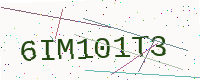
Text: 6IM101T3